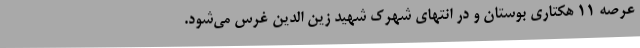
عرصه 11 هکتاری بوستان و در انتهای شهرک شهید زین الدین غرس می‌شود.